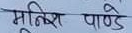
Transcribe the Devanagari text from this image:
मुनीश पाण्डे